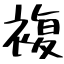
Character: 複